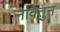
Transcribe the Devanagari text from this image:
नावेतुन